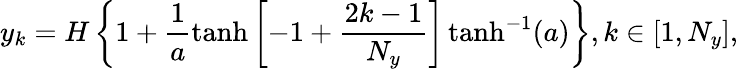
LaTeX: y_{k}=H\left\{ 1+\frac{1}{a}\operatorname{tanh}\left[-1+\frac{2k-1}{N_{y}}\right]\operatorname{tanh}^{-1}(a)\right\} ,k\in\left[1,N_{y}\right],